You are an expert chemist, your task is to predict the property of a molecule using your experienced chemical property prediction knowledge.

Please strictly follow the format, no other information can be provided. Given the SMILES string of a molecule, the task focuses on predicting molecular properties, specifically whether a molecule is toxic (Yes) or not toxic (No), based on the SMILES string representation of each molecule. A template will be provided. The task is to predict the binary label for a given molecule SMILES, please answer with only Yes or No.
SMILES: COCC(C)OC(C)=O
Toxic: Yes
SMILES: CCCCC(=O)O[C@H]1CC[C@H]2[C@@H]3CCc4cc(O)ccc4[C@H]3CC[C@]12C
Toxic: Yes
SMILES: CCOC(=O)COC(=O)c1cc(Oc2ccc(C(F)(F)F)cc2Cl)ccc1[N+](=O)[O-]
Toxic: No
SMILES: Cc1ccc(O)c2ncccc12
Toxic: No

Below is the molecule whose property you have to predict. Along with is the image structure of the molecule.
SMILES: c1ccc(OCc2ccc(CCCN3CCOCC3)cc2)cc1
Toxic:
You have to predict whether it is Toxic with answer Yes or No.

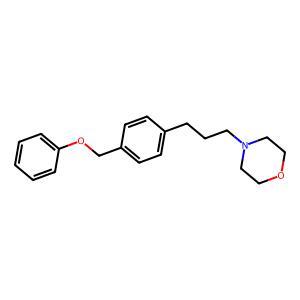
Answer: No